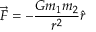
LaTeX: { \vec { F } } = - { \frac { G m _ { 1 } m _ { 2 } } { r ^ { 2 } } } { \hat { r } }